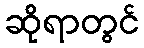
ဆိုရာတွင်